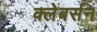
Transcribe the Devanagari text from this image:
क्लेबर्सन